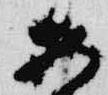
安